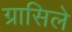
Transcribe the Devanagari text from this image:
ग्रासिले